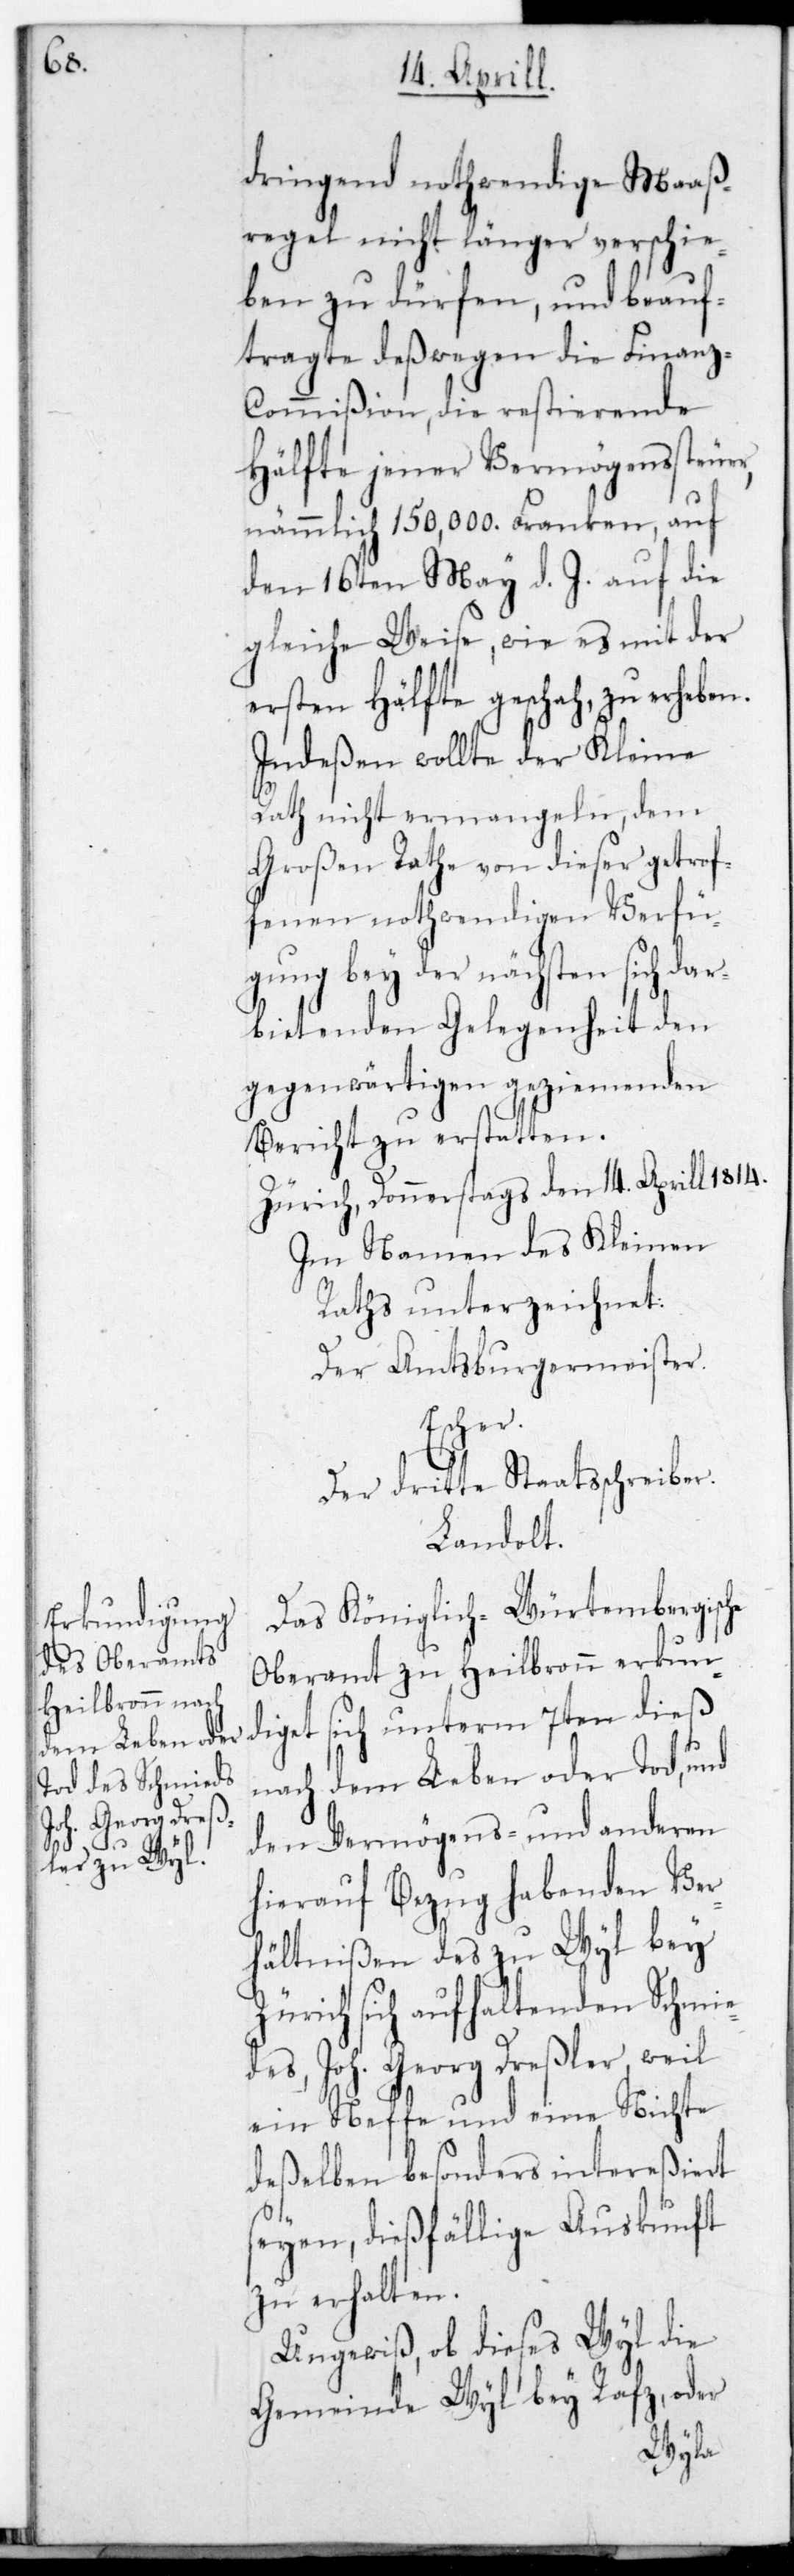
dringend nothwendige Maaß¬
regel nicht länger verschie¬
ben zu dürfen, und beauf¬
tragte deßwegen die Finanz-C¬
ommißion, die restierende
Hälfte jener Vermögenssteuer,
nämmlich 150,000. Franken, auf
den 16ten May d. J. auf die
gleiche Weise, wie es mit der
ersten Hälfte geschah, zu erheben.
Indeßen wollte der Kleine
Rath nicht ermangeln, dem
Großen Rate von dieser getrof¬
fenen nothwendigen Verfü¬
gung bey der nächsten sich dar¬
bietenden Gelegenheit den
gegenwärtigen geziemenden
Bericht zu erstatten.
Zürich, Donnerstags den 14ten Aprill
Im Namen des Kleinen
Raths unterzeichnet:
Der Amtsburgermeister.
Escher.
Der dritte Staatsschreiber.
Landolt.
Das Königlich-Würtembergische
Oberamt zu Heilbronn erkun¬
diget sich unterm 7ten dieß
nach dem Leben oder Tod, und
den Vermögens- und anderen
hierauf Bezug habenden Ver¬
hältnißen des zu Wyl bey
Zürich sich aufhaltenden Schmie¬
des Joh. Georg Dreßler, weil
ein Neffe und eine Nichte
deßelben besonders intereßiert
seyen, dießfällige Auskunft
zu erhalten.
Ungewiß ob dieses Wyl die
Gemeinde Wyl bey Rafz, oder